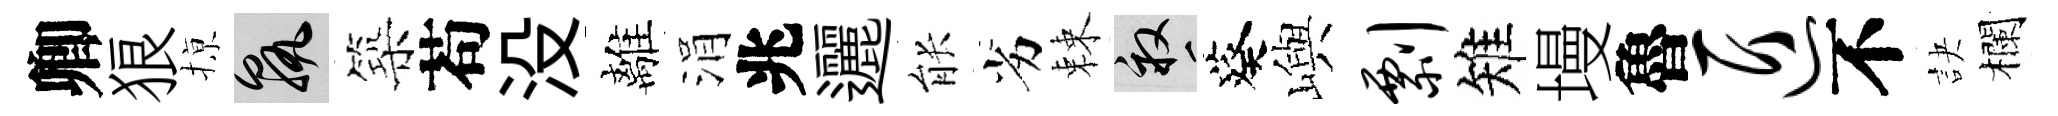
卿狼𢱊孰築苟没離涓兆邐䏻劣棘畝葵嶼剽雉墁魯匠不訣欄